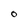
Character: 0